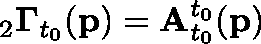
{ } _ { 2 } \mathbf { \Gamma } _ { t _ { 0 } } ( \mathbf { p } ) = \mathbf { A } _ { t _ { 0 } } ^ { t _ { 0 } } ( \mathbf { p } )